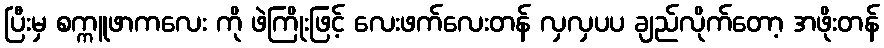
ပြီးမှ စက္ကူဖာကလေး ကို ဖဲကြိုးဖြင့် လေးဖက်လေးတန် လှလှပပ ချည်လိုက်တော့ အဖိုးတန်